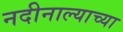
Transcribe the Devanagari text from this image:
नदीनाल्याच्या